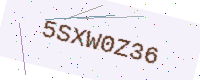
Text: 5SXW0Z36